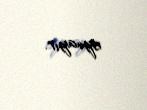
oynayır.